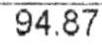
94.87